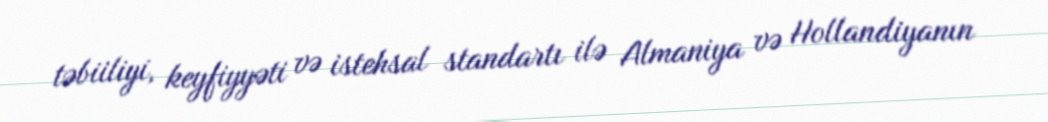
təbiiliyi, keyfiyyəti və istehsal standartı ilə Almaniya və Hollandiyanın